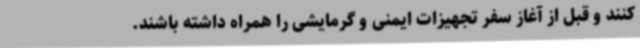
کنند و قبل از آغاز سفر تجهیزات ایمنی و گرمایشی را همراه داشته باشند.